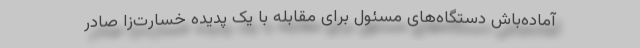
آماده‌باش دستگاه‌های مسئول برای مقابله با یک پدیده خسارت‌زا صادر